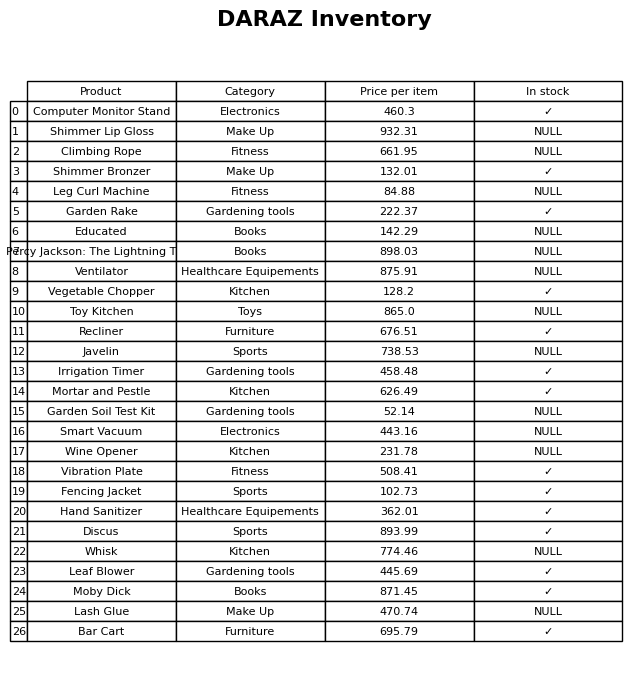
question: What is the price of the Wine Opener?
answer: The price of Wine Opener is 231.78.